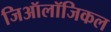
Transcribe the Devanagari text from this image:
जिऑलॉजिकल